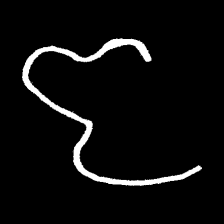
Pyu character \u2014 Myanmar letter: ဇ (romanized: ja)